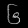
Digit: ၆